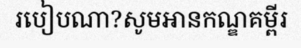
របៀបណា?សូមអានកណ្ឌគម្ពីរ